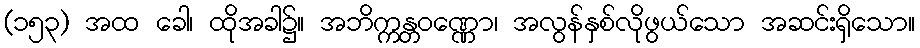
(၁၅၃) အထ ခေါ၊ ထိုအခါ၌။ အဘိက္ကန္တဝဏ္ဏော၊ အလွန်နှစ်လိုဖွယ်သော အဆင်းရှိသော။